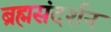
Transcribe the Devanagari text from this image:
ब्रह्मसंदर्शन